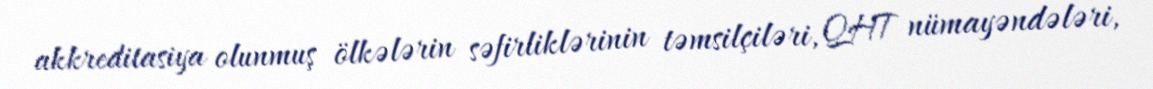
akkreditasiya olunmuş ölkələrin səfirliklərinin təmsilçiləri, QHT nümayəndələri,